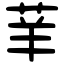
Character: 𦭵